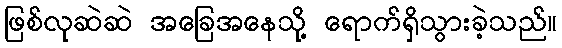
ဖြစ်လုဆဲဆဲ အခြေအနေသို့ ရောက်ရှိသွားခဲ့သည်။